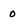
Character: 0